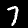
Digit: 7